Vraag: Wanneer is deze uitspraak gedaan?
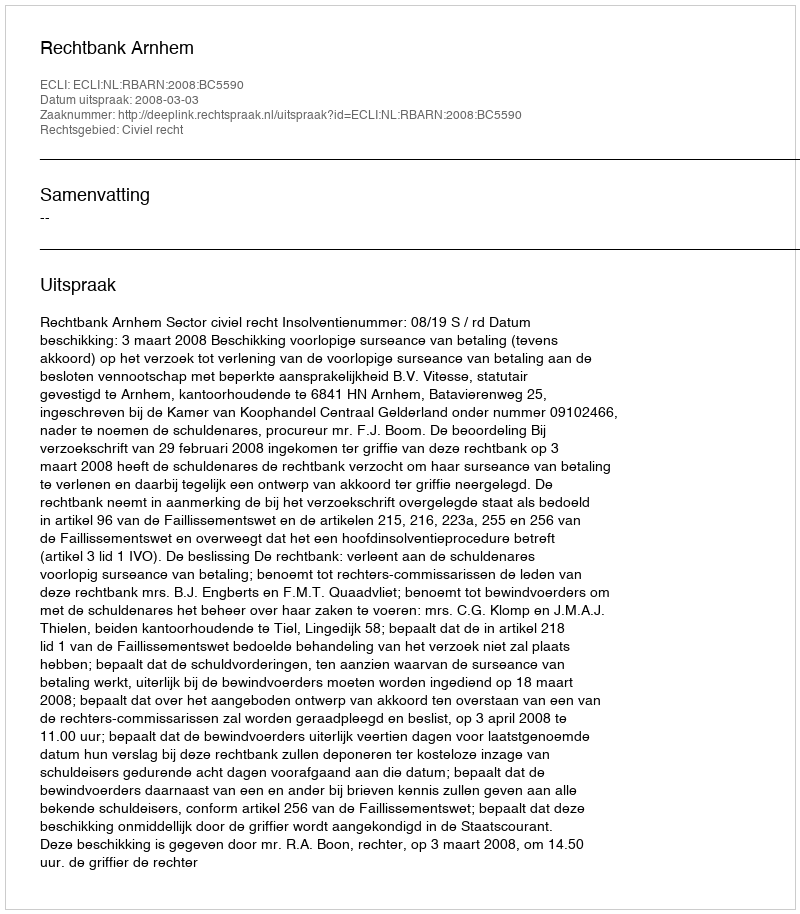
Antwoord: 2008-03-03